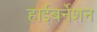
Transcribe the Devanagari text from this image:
हाईबर्नेशन